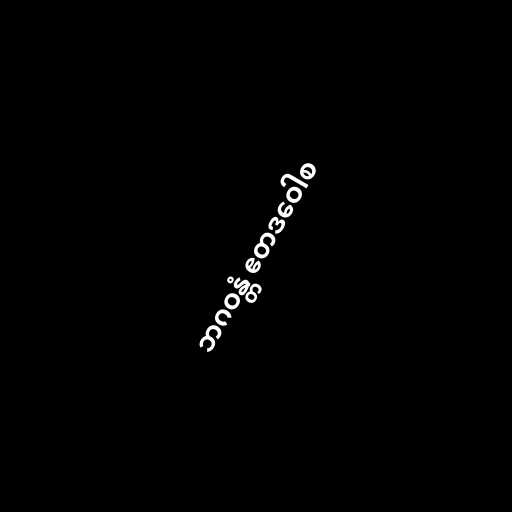
ဘဂဝန္တံ ဧတဒဝေါစ